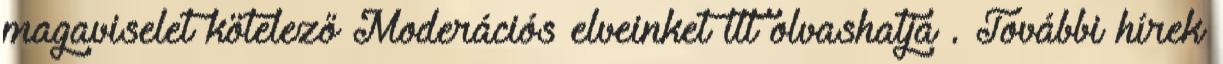
magaviselet kötelező Moderációs elveinket itt olvashatja . További hírek